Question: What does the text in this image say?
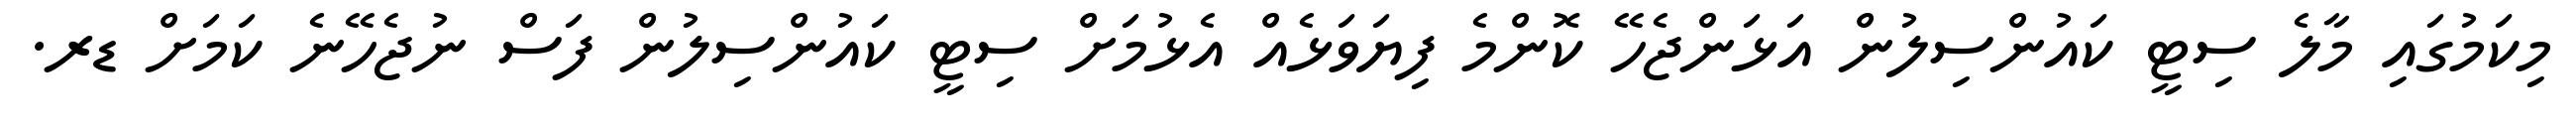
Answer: މިކަމުގައި މާލެ ސިޓީ ކައުންސިލުން އަޅަންޖެހޭ ކޮންމެ ފިޔަވަޅެއް އެޅުމަށް ސިޓީ ކައުންސިލުން ފަސް ނުޖެހޭނެ ކަމަށް ޑރ.